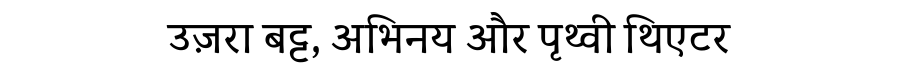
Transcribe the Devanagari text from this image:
उज़रा बट्ट, अभिनय और पृथ्वी थिएटर